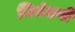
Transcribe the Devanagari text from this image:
निबंधनों